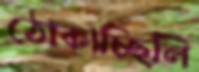
ঠোকাচ্ছিলি